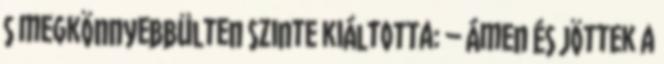
s megkönnyebbülten szinte kiáltotta: – Ámen És jöttek a